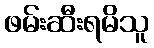
ဖမ်းဆီးရမိသူ